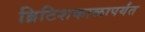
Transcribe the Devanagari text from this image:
ब्रिटिशकाळापर्यंत